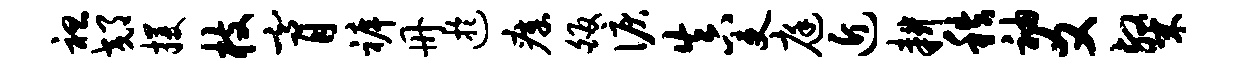
袒郊攫枝膏裤册迂瘴皈泪真吏庭近耕秩袖爻粲